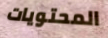
المحتويات